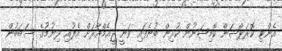
އެންޓި ކޮރަޕްޝަން ކޮމިޝަނުން ކުރިން ބުނެފައި ވަނީ ޖީއެމްއާރަށް އެލުއި ދިނުމުގެ ސަބަބުން